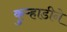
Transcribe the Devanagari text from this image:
कुऱ्हाडीने